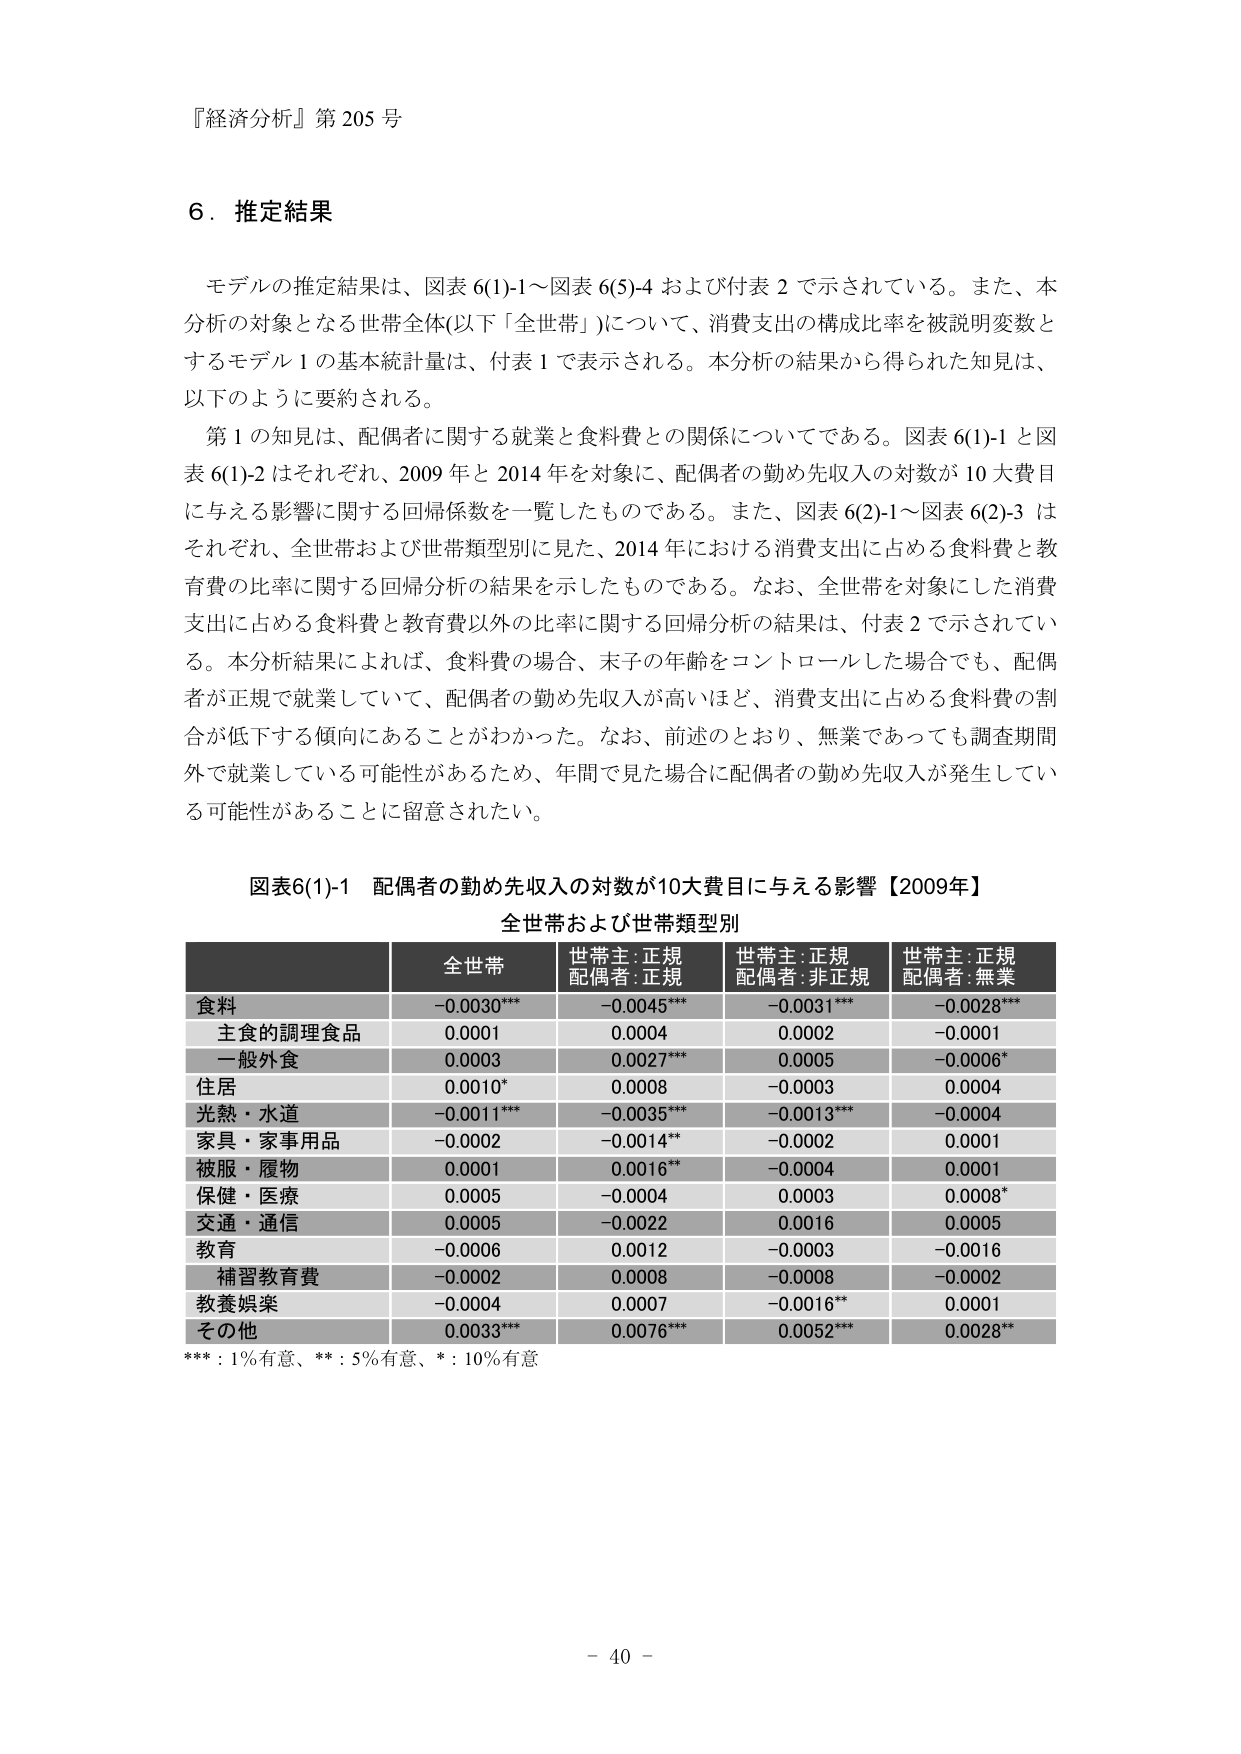
『経済分析』第 205 号

6．推定結果

モデルの推定結果は、図表 6(1)-1～図表 6(5)-4 および付表 2 で示されている。また、本分析の対象となる世帯全体（以下「全世帯」）について、消費支出の構成比率を被説明変数とするモデル 1 の基本統計量は、付表 1 で表示される。本分析の結果から得られた知見は、以下のように要約される。

第 1 の知見は、配偶者に関する就業と食料費との関係についてである。図表 6(1)-1 と図表 6(1)-2 はそれぞれ、2009 年と 2014 年を対象に、配偶者の勤め先収入の対数が 10 大費目を与える影響に関する回帰係数を一覧したものである。また、図表 6(2)-1～図表 6(2)-3 はそれぞれ、全世帯および世帯類型別に見た、2014 年における消費支出に占める食料費と教育費の比率に関する回帰分析の結果を示したものである。なお、全世帯を対象にした消費支出に占める食料費と教育費以外の比率に関する回帰分析の結果は、付表 2 で示されている。本分析結果によれば、食料費の場合、末子の年齢をコントロールした場合でも、配偶者が正規で就業していて、配偶者の勤め先収入が高いほど、消費支出に占める食料費の割合が低下する傾向にあることがわかった。なお、前述のとおり、無業であっても調査期間外で就業している可能性があるため、年間で見た場合に配偶者の勤め先収入が発生している可能性があることに留意された。

図表6(1)-1 配偶者の勤め先収入の対数が10大費目に与える影響【2009年】
全世帯および世帯類型別

全世帯 世帯主:正規 配偶者:正規 世帯主:正規 配偶者:非正規 世帯主:正規 配偶者:無業
食料 -0.0030*** -0.0045*** -0.0031*** -0.0028***
主食的調理食品 0.0001 0.0004 0.0002 -0.0001
一般外食 0.0003 0.0027*** 0.0005 -0.0006*
住居 0.0010* 0.0008 -0.0003 0.0004
光熱・水道 -0.0011*** -0.0035*** -0.0013*** -0.0004
家具・家事用品 -0.0002 -0.0014** -0.0002 0.0001
被服・履物 0.0001 0.0016** -0.0004 0.0001
保健・医療 0.0005 -0.0004 0.0003 0.0008*
交通・通信 0.0005 -0.0022 0.0016 0.0005
教育 -0.0006 0.0012 -0.0003 -0.0016
補習教育費 -0.0002 0.0008 -0.0008 -0.0002
教養娯楽 -0.0004 0.0007 -0.0016** 0.0001
その他 0.0033*** 0.0076*** 0.0052*** 0.0028**

***：1%有意、**：5%有意、*：10%有意

- 40 -